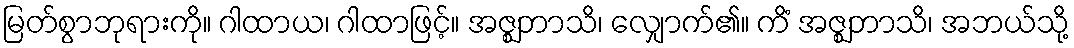
မြတ်စွာဘုရားကို။ ဂါထာယ၊ ဂါထာဖြင့်။ အဇ္ဈဘာသိ၊ လျှောက်၏။ ကိံ အဇ္ဈဘာသိ၊ အဘယ်သို့